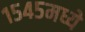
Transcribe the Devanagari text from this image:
१५४५मध्ये